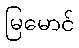
မြမောင်